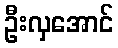
ဦးလှအောင်